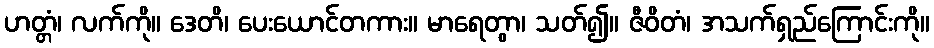
ဟတ္တံ၊ လက်ကို။ ဒေတိ၊ ပေးယောင်တကား။ မာရေတွာ၊ သတ်၍။ ဇီဝိတံ၊ အသက်ရှည်ကြောင်းကို။